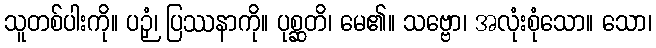
သူတစ်ပါးကို။ ပဉှံ၊ ပြဿနာကို။ ပုစ္ဆတိ၊ မေ၏။ သဗ္ဗော၊ အလုံးစုံသော။ သော၊